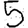
Digit: 5